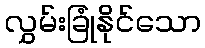
လွှမ်းခြုံနိုင်သော